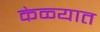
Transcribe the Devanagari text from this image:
केळ्यात